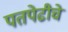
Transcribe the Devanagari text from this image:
पतपेढीचे